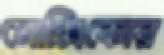
মোক্সিকোর